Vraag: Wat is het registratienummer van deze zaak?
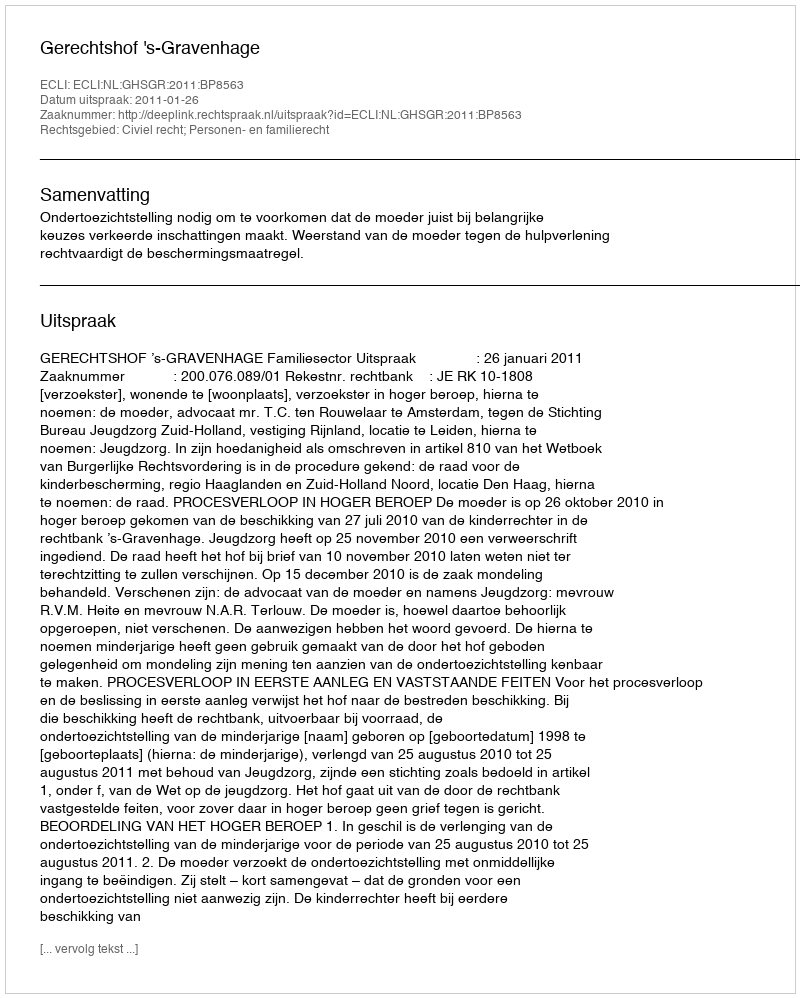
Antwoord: http://deeplink.rechtspraak.nl/uitspraak?id=ECLI:NL:GHSGR:2011:BP8563